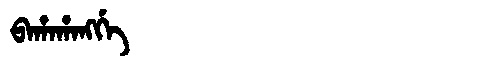
Manchu: ᠪᠠᡥᠠᡥᠠᠩᡤᡝ
Romanization: BAHAHANGGE